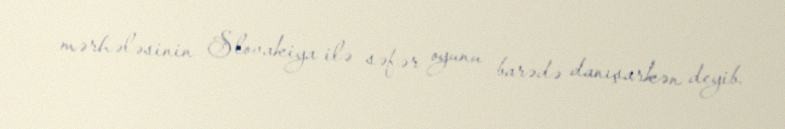
mərhələsinin Slovakiya ilə səfər oyunu barədə danışarkən deyib.